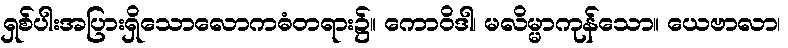
ရှစ်ပါးအပြားရှိသောလောကဓံတရား၌။ ကောဝိဒါ၊ မလိမ္မာကုန်သော။ ယေဗာလာ၊